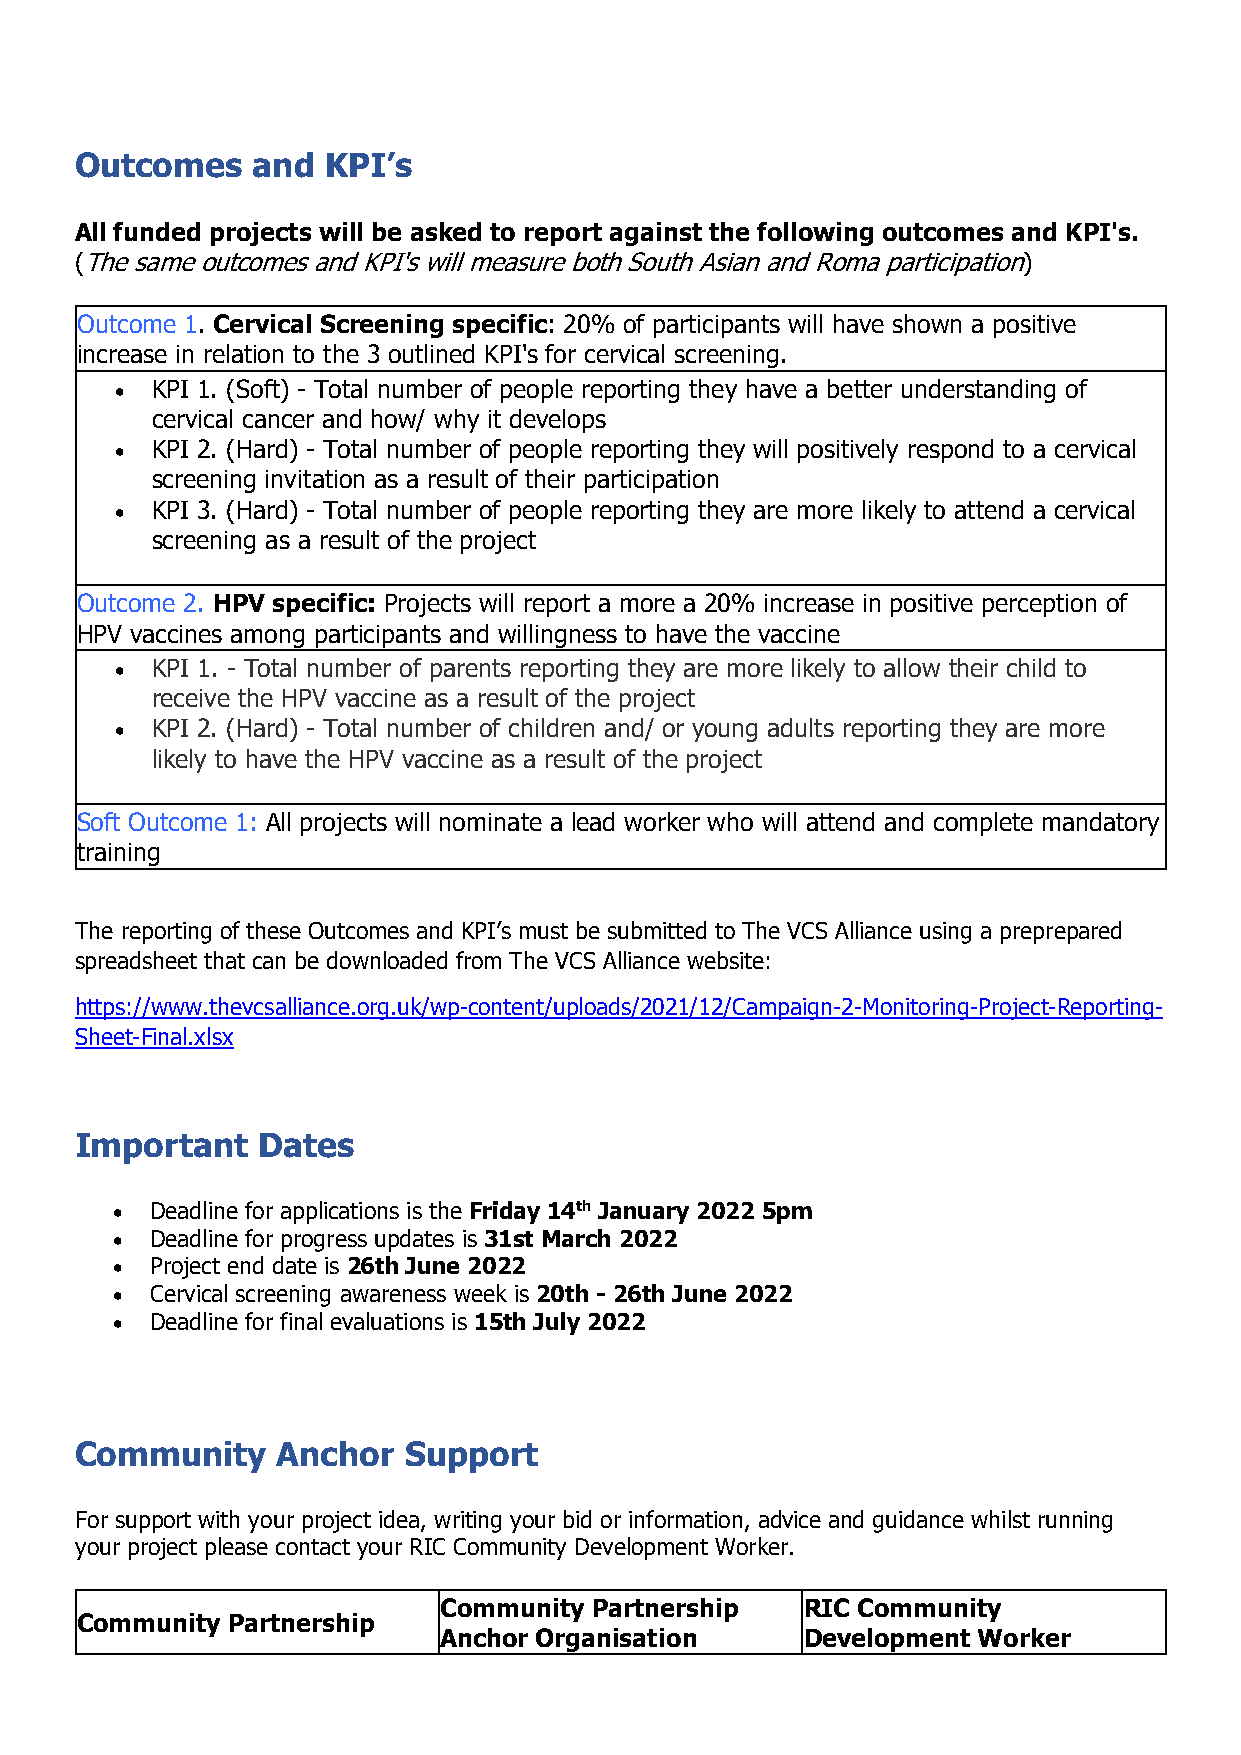
Outcomes    and KPI’s
 All funded projects will be asked to report against the following outcomes and KPI's.
 (The same outcomes and KPI's will measure both South Asian and Roma participation)
 Outcome 1. Cervical Screening specific: 20% of participants will have shown a positive
 increase in relation to the 3 outlined KPI's for cervical screening.
 • KPI 1. (Soft) - Total number of people reporting they have a better understanding of
 cervical cancer and how/ why it develops
 • KPI 2. (Hard) - Total number of people reporting they will positively respond to a cervical
 screening invitation as a result of their participation
 • KPI 3. (Hard) - Total number of people reporting they are more likely to attend a cervical
 screening as a result of the project
 Outcome 2. HPV specific: Projects will report a more a 20% increase in positive perception of
 HPV vaccines among participants and willingness to have the vaccine
 • KPI 1. - Total number of parents reporting they are more likely to allow their child to
 receive the HPV vaccine as a result of the project
 • KPI 2. (Hard) - Total number of children and/ or young adults reporting they are more
 likely to have the HPV vaccine as a result of the project
 Soft Outcome 1: All projects will nominate a lead worker who will attend and complete mandatory
 training
 The reporting of these Outcomes and KPI’s must be submitted to The VCS Alliance using a preprepared
 spreadsheet that can be downloaded from The VCS Alliance website:
 https://www.thevcsalliance.org.uk/wp-content/uploads/2021/12/Campaign-2-Monitoring-Project-Reporting-
 Sheet-Final.xlsx
 Important   Dates
 •  Deadline for applications is the Friday 14th January 2022 5pm
 •  Deadline for progress updates is 31st March 2022
 •  Project end date is 26th June 2022
 •  Cervical screening awareness week is 20th - 26th June 2022
 •  Deadline for final evaluations is 15th July 2022
 Community    Anchor   Support
 For support with your project idea, writing your bid or information, advice and guidance whilst running
 your project please contact your RIC Community Development Worker.
 Community Partnership   RIC Community
 Community Partnership
 Anchor Organisation     Development Worker